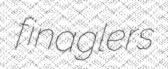
finaglers